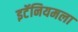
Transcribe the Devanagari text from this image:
इटॅनियमला